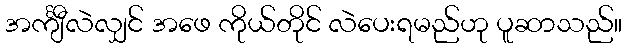
အင်္ကျီလဲလျှင် အဖေ ကိုယ်တိုင် လဲပေးရမည်ဟု ပူဆာသည်။